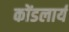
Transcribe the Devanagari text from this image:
कोंडलार्य